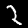
Label: 2